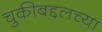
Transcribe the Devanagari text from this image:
चुकीबद्दलच्या